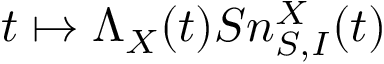
t \mapsto \Lambda _ { X } ( t ) S n _ { S , I } ^ { X } ( t )